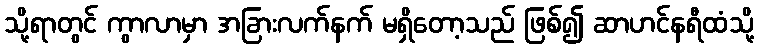
သို့ရာတွင် ကွာလာမှာ အခြားလက်နက် မရှိတော့သည် ဖြစ်၍ ဆာဟင်နရီထံသို့